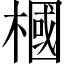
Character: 槶